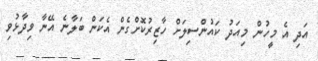
އަދި އެ މީހުން މިއަދު ކައުންސިލަށް ހާޒިރުކޮށްގެން އެކަން ބަލާނެ އޭނާ ވިދާޅުވި